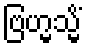
ဗြဟ္မသ္မိံ